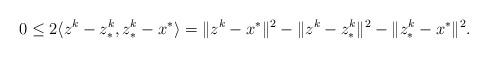
LaTeX: \begin{align*}0 \le 2 \langle z^k-z^k_*,z^k_*-x^*\rangle = \|z^k-x^*\|^2-\|z^k-z^k_*\|^2-\|z^k_*-x^*\|^2.\end{align*}